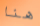
هنا